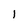
Character: I